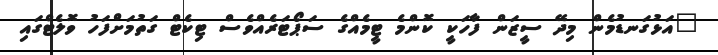
"އަޅުގަނޑުމެން މިދޭ ސީޒަން ފާހަކީ ކޮންމެ ޓީމެއްގެ ސަޕޯޓަރެއްވެސް ޓިކެޓް ގަތުމަށްފަހު ވޮލެޓްގައި